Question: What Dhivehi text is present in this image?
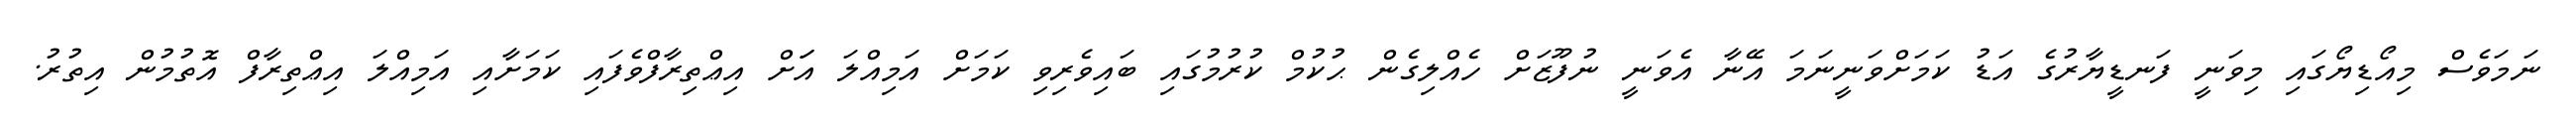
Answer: ނަމަވެސް މިއޯޑިޔޯގައި މިވަނީ ފަނޑީޔާރުގެ އަޑު ކަމަށްވަނީނަމަ އޭނާ އެވަނީ ނުފޫޒަށް ހެއްލިގެން ޙުކުމް ކުރުމުގައި ބައިވެރިވި ކަމަށް އަމިއްލަ އަަށް އިޢްތިރާފްވެފައި ކަމަށާއި އަމިއްލަ އިޢްތިރާފް އޮތުމުން އިތުރު.